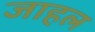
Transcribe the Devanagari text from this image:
जाहल